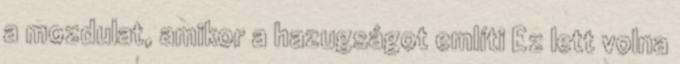
a mozdulat, amikor a hazugságot említi Ez lett volna